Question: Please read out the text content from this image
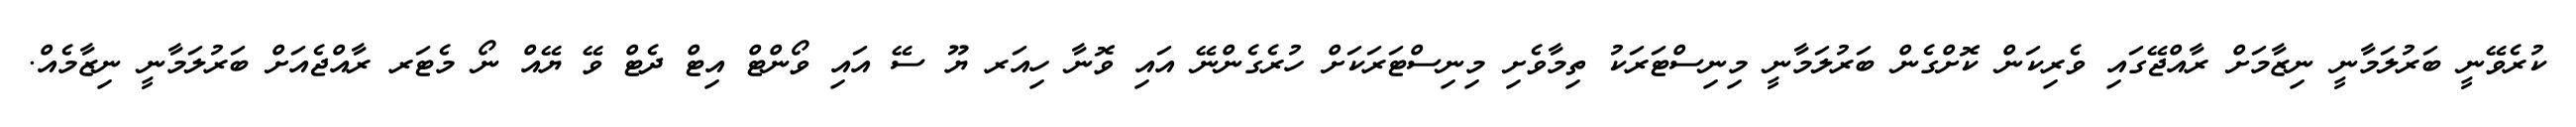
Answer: ކުރެވޭނީ ބަރުލަމާނީ ނިޒާމަށް ރާއްޖޭގައި ވެރިކަން ކޮށްގެން ބަރުލަމާނީ މިނިސްޓަރަކު ތިމާވެށި މިނިސްޓަރަކަށް ހުރެގެންނޭ އައި ވޮނާ ހިއަރ ޔޫ ސޭ އައި ވޯންޓް އިޓް ދެޓް ވޭ ޔޭއް ނޯ މެޓަރ ރާއްޖެއަށް ބަރުލަމާނީ ނިޒާމެއް.